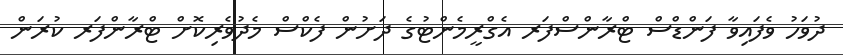
ދުވަހު ވެފައިވާ ފަންޑްސް ޓްރާންސްފަރ އެގްރީމެންޓުގެ ދަށުން ފެކްސް މެދުވެރިކޮށް ޓްރާންފަރ ކުރަން